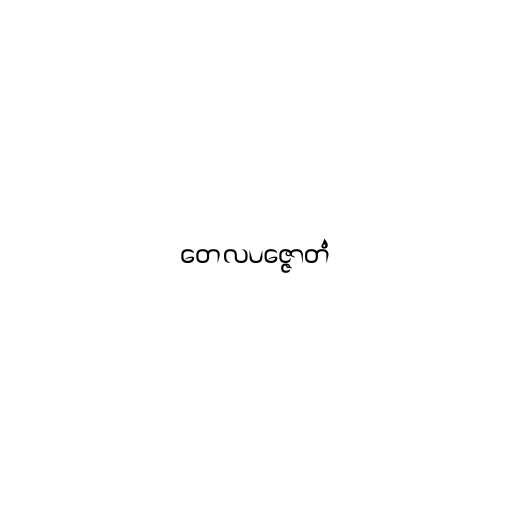
တေလပဇ္ဇောတံ